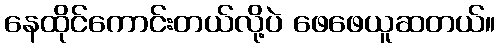
နေထိုင်ကောင်းတယ်လို့ပဲ ဖေဖေယူဆတယ်။